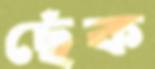
ছেঁক